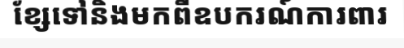
ខ្សែទៅនិងមកពីឧបករណ៍ការពារ